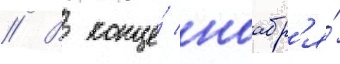
// В конце́ ноабр'я́